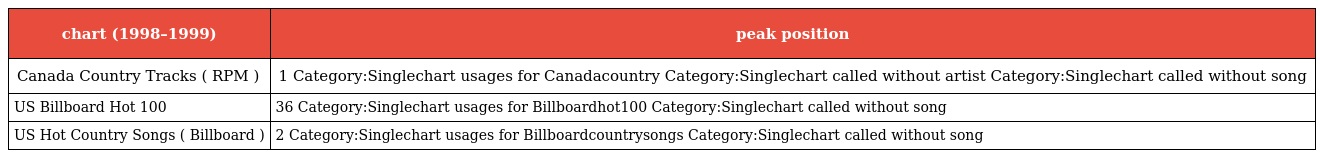
| chart (1998–1999) | peak position |
 | --- | --- |
 | Canada Country Tracks ( RPM ) | 1 Category:Singlechart usages for Canadacountry Category:Singlechart called without artist Category:Singlechart called without song |
 | US Billboard Hot 100 | 36 Category:Singlechart usages for Billboardhot100 Category:Singlechart called without song |
 | US Hot Country Songs ( Billboard ) | 2 Category:Singlechart usages for Billboardcountrysongs Category:Singlechart called without song |